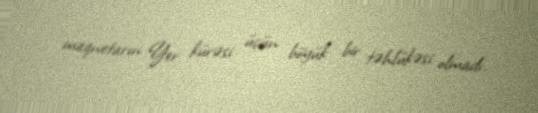
maqnetarın Yer kürəsi üçün böyük bir təhlükəsi olmadı.